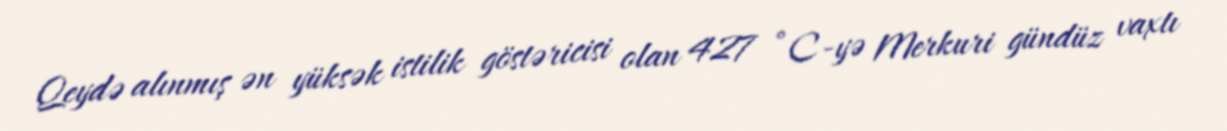
Qeydə alınmış ən yüksək istilik göstəricisi olan 427 °C-yə Merkuri gündüz vaxtı